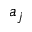
a _ { j }